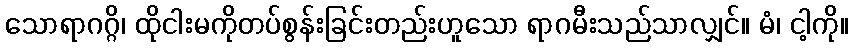
သောရာဂဂ္ဂိ၊ ထိုငါးမကိုတပ်စွန်းခြင်းတည်းဟူသော ရာဂမီးသည်သာလျှင်။ မံ၊ ငါ့ကို။